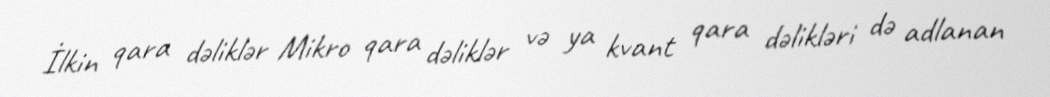
İlkin qara dəliklər Mikro qara dəliklər və ya kvant qara dəlikləri də adlanan